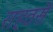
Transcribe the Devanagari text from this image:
राहतसे